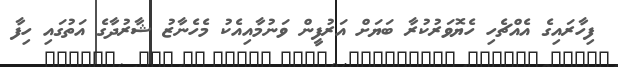
ފިހާރައިގެ އެއްޗެހި ހެޔޮވަރުކުރާ ބަޔަށް އަރުފީން ވަނުމާއިއެކު މެހެނާޒު ޝާރުދާގެ އަތުގައި ހިފާ